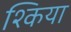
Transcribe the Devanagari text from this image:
श्किया